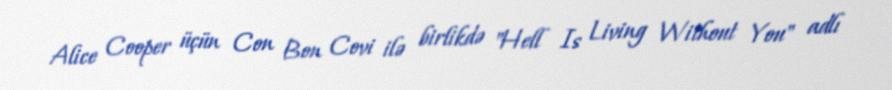
Alice Cooper üçün Con Bon Covi ilə birlikdə "Hell Is Living Without You" adlı